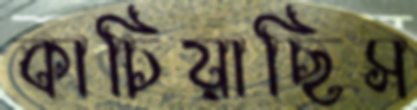
কাচিয়াছিস